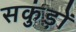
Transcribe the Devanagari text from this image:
सकुंड़ों